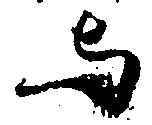
与